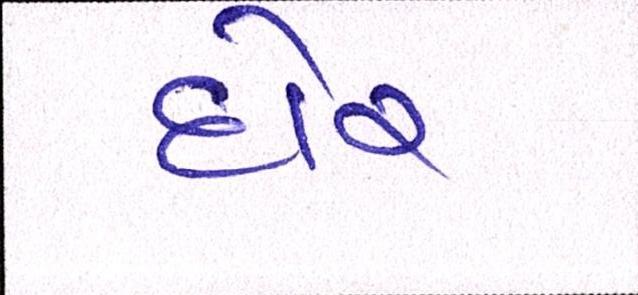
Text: દોર